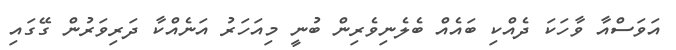
އަވަސްއާ ވާހަކަ ދެއްކި ބައެއް ބެލެނިވެރިން ބުނީ މިއަހަރު އަނެއްކާ ދަރިވަރުން ގޭގައި